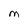
Character: M